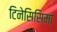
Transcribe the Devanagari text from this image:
टिनेसिसिमा